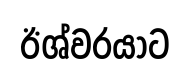
ඊශ්වරයාට